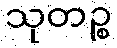
သုတဉ္စ